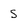
Character: S